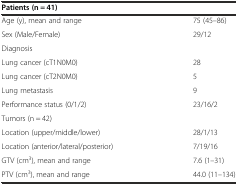
<table><thead><tr><td><b>Patients (n = 41)</b></td><td></td></tr></thead><tbody><tr><td>Age (y), mean and range</td><td>75 (45–86)</td></tr><tr><td>Sex (Male/Female)</td><td>29/12</td></tr><tr><td>Diagnosis</td><td></td></tr><tr><td>Lung cancer (cT1N0M0)</td><td>28</td></tr><tr><td>Lung cancer (cT2N0M0)</td><td>5</td></tr><tr><td>Lung metastasis</td><td>9</td></tr><tr><td>Performance status (0/1/2)</td><td>23/16/2</td></tr><tr><td>Tumors (n = 42)</td><td></td></tr><tr><td>Location (upper/middle/lower)</td><td>28/1/13</td></tr><tr><td>Location (anterior/lateral/posterior)</td><td>7/19/16</td></tr><tr><td>GTV (cm<sup>3</sup>), mean and range</td><td>7.6 (1–31)</td></tr><tr><td>PTV (cm<sup>3</sup>), mean and range</td><td>44.0 (11–134)</td></tr></tbody></table>